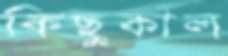
কিছুকাল